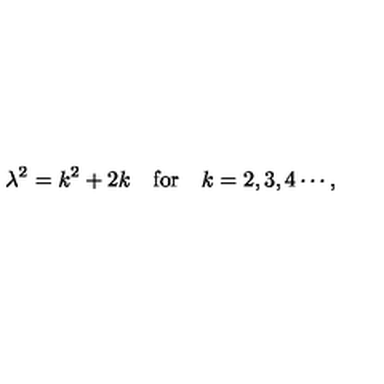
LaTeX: \lambda ^ { 2 } = k ^ { 2 } + 2 k \quad \mathrm { f o r } \quad k = 2 , 3 , 4 \cdots ,